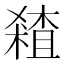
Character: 𰘞